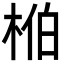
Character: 𬂺